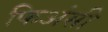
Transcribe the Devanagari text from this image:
फिअंसी